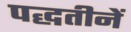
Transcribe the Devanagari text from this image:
पद्धतीनें